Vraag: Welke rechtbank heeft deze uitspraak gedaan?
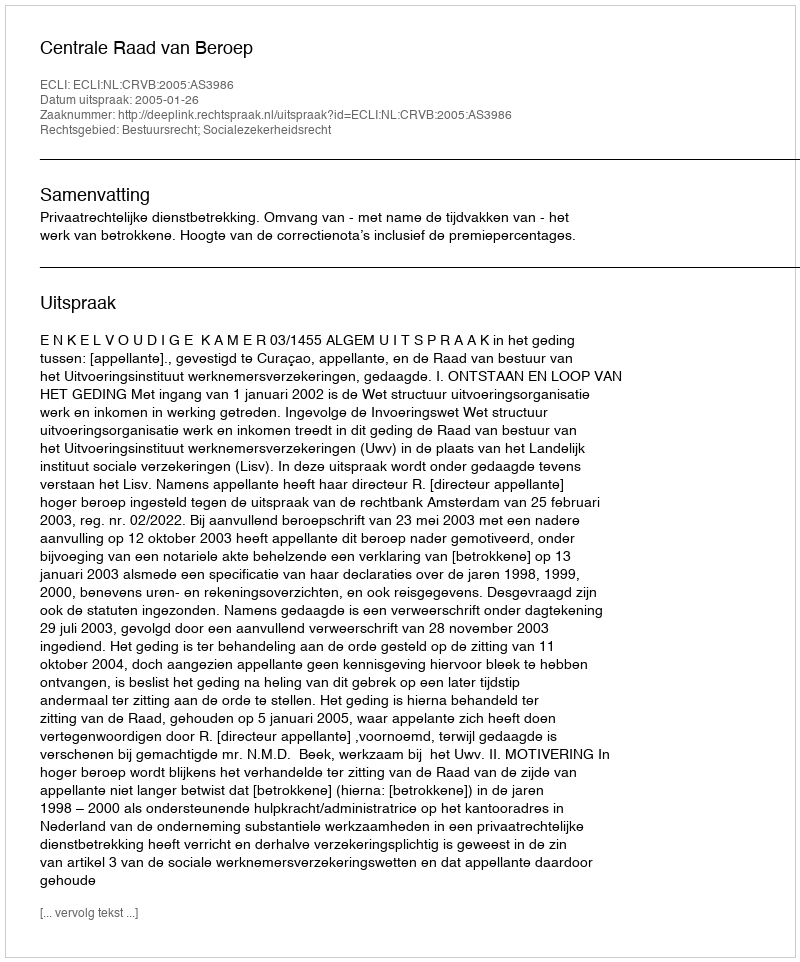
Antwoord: Centrale Raad van Beroep